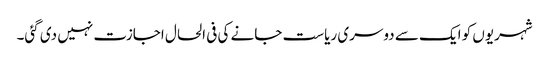
شہریوں کو ایک سے دوسری ریاست جانے کی فی الحال اجازت نہیں دی گئی۔